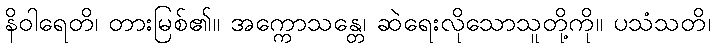
နိဝါရေတိ၊ တားမြစ်၏။ အက္ကောသန္တေ၊ ဆဲရေးလိုသောသူတို့ကို။ ပသံသတိ၊